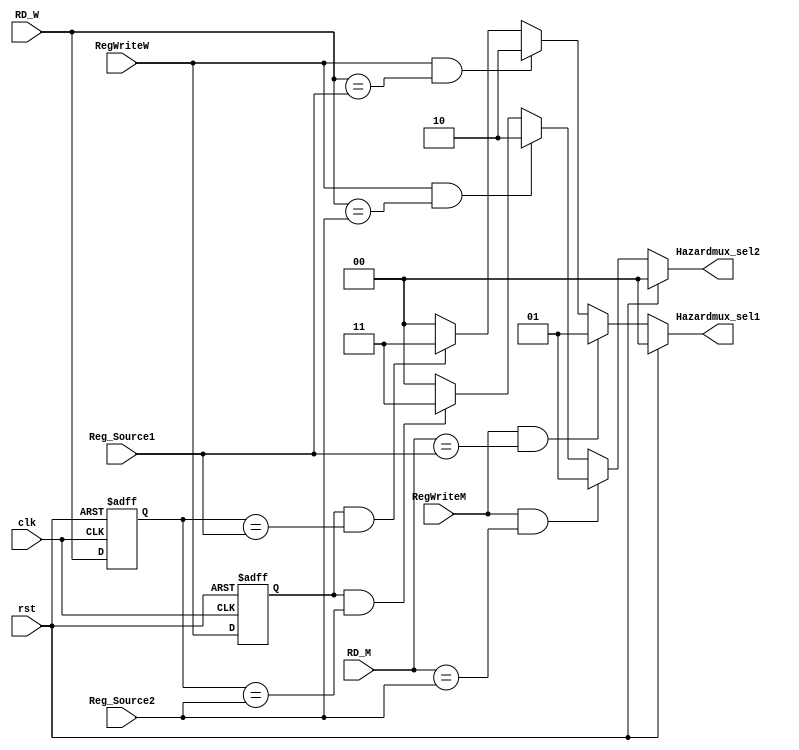
module Hazard_unit(
input clk, rst, RegWriteM, RegWriteW,
input [4:0] Reg_Source1, Reg_Source2, RD_M, RD_W ,
output [1:0] Hazardmux_sel1, Hazardmux_sel2); // Added clk, 

reg RegWriteWnew;
reg [4:0] RD_Wnew;

always @(posedge clk or posedge rst)
    begin
        if (rst) begin
            RD_Wnew <= 5'b00000;
            RegWriteWnew <= 1'b0;
        end

        else begin
            RD_Wnew <= RD_W;
            RegWriteWnew <= RegWriteW;
        end
         
    end

assign Hazardmux_sel1 = (rst == 1'b1) ? 2'b00 :
                        ((RegWriteM == 1'b1)&&(RD_M == Reg_Source1)) ? 2'b01 :
                        ((RegWriteW == 1'b1)&&(RD_W == Reg_Source1)) ? 2'b10 : 
                        ((RegWriteWnew == 1'b1) && (RD_Wnew == Reg_Source1)) ? 2'b11 : 2'b00; 

assign Hazardmux_sel2 = (rst == 1) ? 2'b00 :
                        ((RegWriteM == 1'b1)&&(RD_M == Reg_Source2)) ? 2'b01 :
                        ((RegWriteW == 1'b1)&&(RD_W == Reg_Source2)) ? 2'b10 :
                        ((RegWriteWnew == 1'b1) && (RD_Wnew == Reg_Source2)) ? 2'b11 : 2'b00;





endmodule